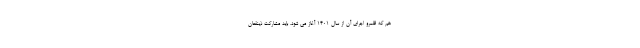
هم که قلمرو اجرای آن از سال ۱۴۰۱ آغاز می شود، باید مشارکت ذینفعان